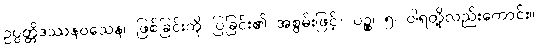
ဥပ္ပတ္တိဒဿနဝသေန၊ ဖြစ်ခြင်းကို ပြခြင်း၏ အစွမ်းဖြင့်။ ပဉ္စ၊ ၅၊ ဝါရတို့လည်းကောင်း။